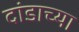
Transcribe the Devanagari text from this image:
दांडाच्या